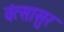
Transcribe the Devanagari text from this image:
वंत्सासुर